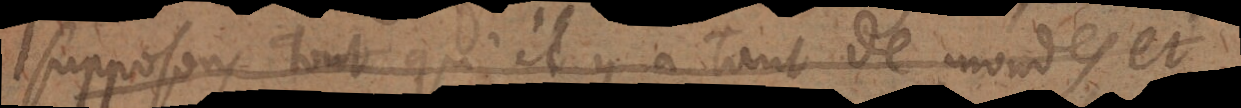
supposons tout qu’il y a tant de mondes e